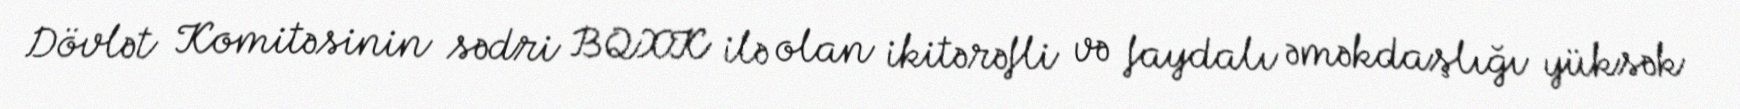
Dövlət Komitəsinin sədri BQXK ilə olan ikitərəfli və faydalı əməkdaşlığı yüksək